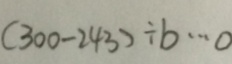
( 3 0 0 - 2 4 3 ) \div b \div b \cdots 0